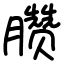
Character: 臜